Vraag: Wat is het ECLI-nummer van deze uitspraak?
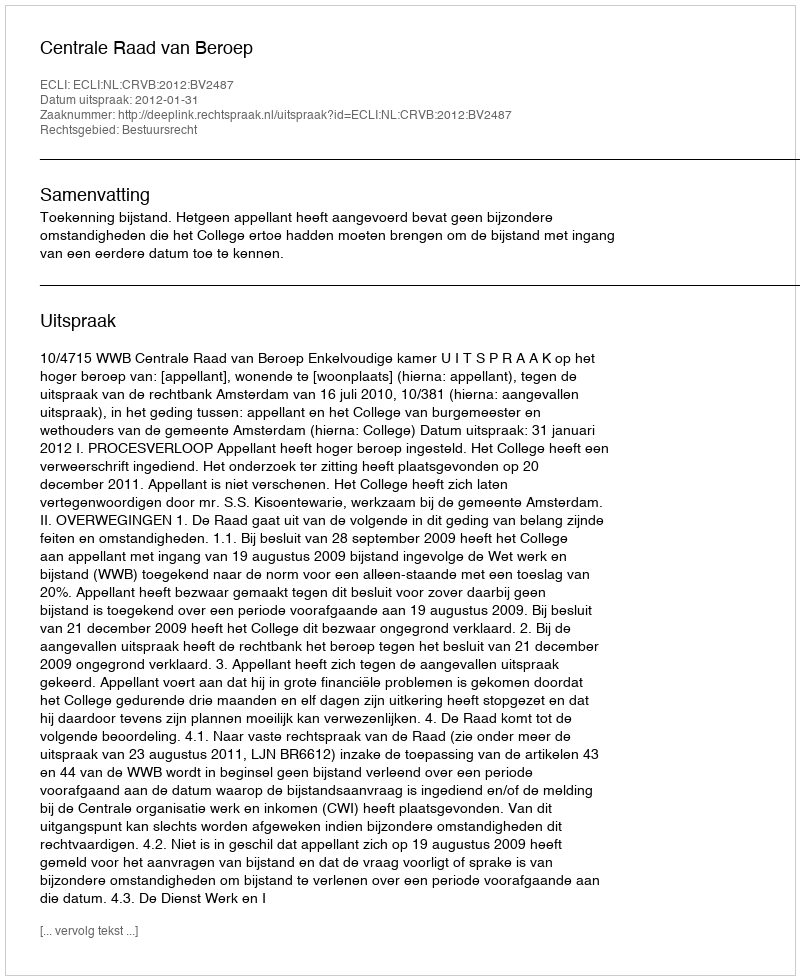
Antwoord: ECLI:NL:CRVB:2012:BV2487